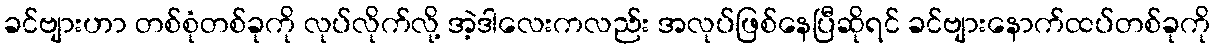
ခင်ဗျားဟာ တစ်စုံတစ်ခုကို လုပ်လိုက်လို့ အဲ့ဒါလေးကလည်း အလုပ်ဖြစ်နေပြီဆိုရင် ခင်ဗျားနောက်ထပ်တစ်ခုကို